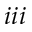
i i i